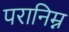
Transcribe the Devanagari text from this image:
परानिम्न